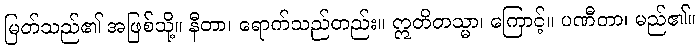
မြတ်သည်၏ အဖြစ်သို့။ နီတာ၊ ရောက်သည်တည်း။ ဣတိတသ္မာ၊ ကြောင့်။ ပဏီတာ၊ မည်၏။